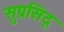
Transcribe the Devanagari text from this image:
सुप्रसिद्